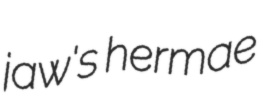
jaw's hermae